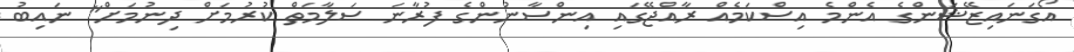
އޯގަނައިޒޭޝަންގެ އެންމެ އިސްކަމެއް ރާއްޖޭގައި އިންސާނުންގެ ފުރާނަ ސަލާމަތް ކުރުމަށް ދިނުމަށް" ނައިބު